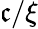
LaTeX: \mathfrak{c}/\xi